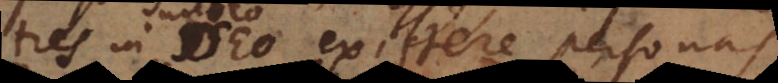
tres in Deo esse personas